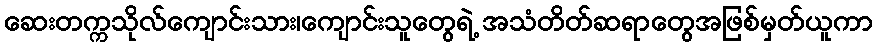
ဆေးတက္ကသိုလ်ကျောင်းသား၊ကျောင်းသူတွေရဲ့ အသံတိတ်ဆရာတွေအဖြစ်မှတ်ယူကာ